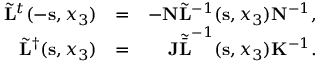
\begin{array} { r l r } { \tilde { \bf L } ^ { t } ( - { \bf s } , x _ { 3 } ) } & { = } & { - { \bf N } \tilde { \bf L } ^ { - 1 } ( { \bf s } , x _ { 3 } ) { \bf N } ^ { - 1 } , } \\ { \tilde { \bf L } ^ { \dagger } ( { \bf s } , x _ { 3 } ) } & { = } & { { \bf J } { \tilde { \bar { \bf L } } } ^ { - 1 } ( { \bf s } , x _ { 3 } ) { \bf K } ^ { - 1 } . } \end{array}